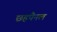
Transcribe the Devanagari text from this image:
छहपैनल